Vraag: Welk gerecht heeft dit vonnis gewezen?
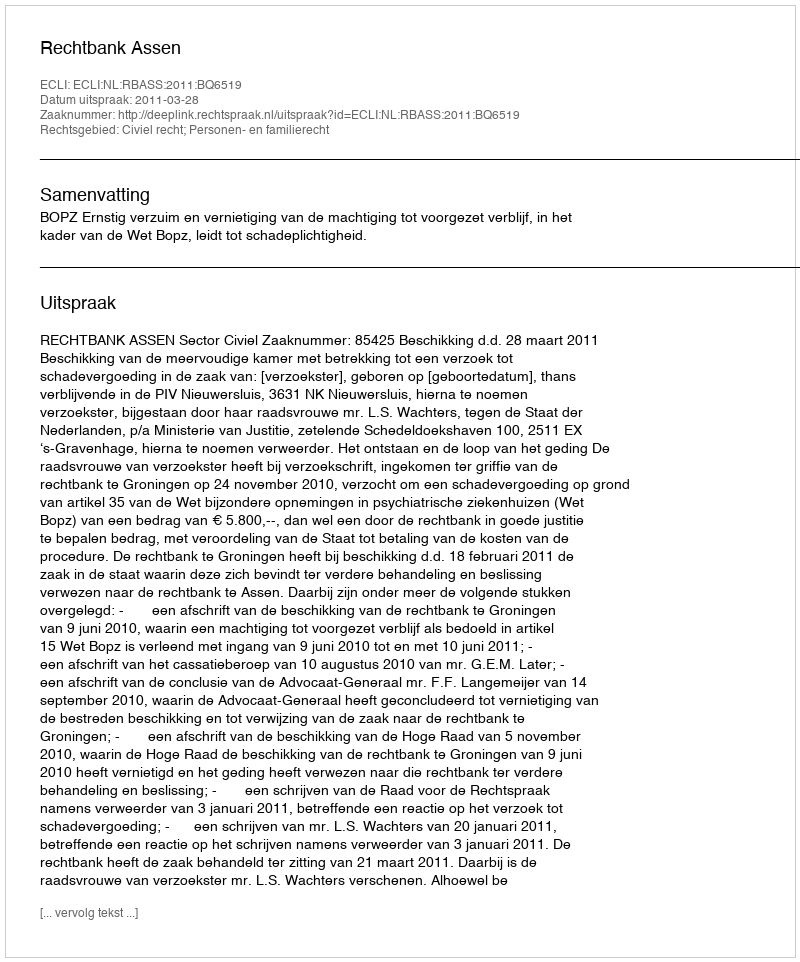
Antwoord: Rechtbank Assen